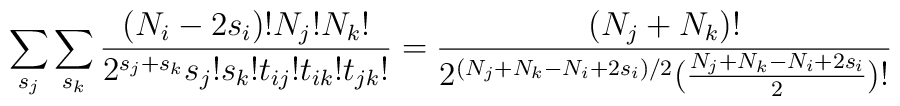
\sum_{s_j}\sum_{s_k}\frac{(N_i-2s_i)!N_j!N_k!}{2^{s_j+s_k}s_j!s_k! t_{ij}!t_{ik}!t_{jk}!}=\frac{(N_j+N_k)!}{2^{(N_j+N_k-N_i+2s_i)/2}(\frac{N_j+N_k-N_i+2s_i}{2})!}